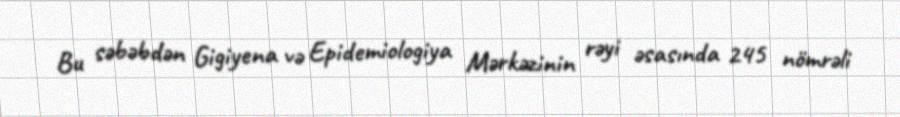
Bu səbəbdən Gigiyena və Epidemiologiya Mərkəzinin rəyi əsasında 245 nömrəli